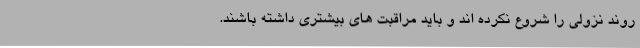
روند نزولی را شروع نکرده اند و باید مراقبت های بیشتری داشته باشند.